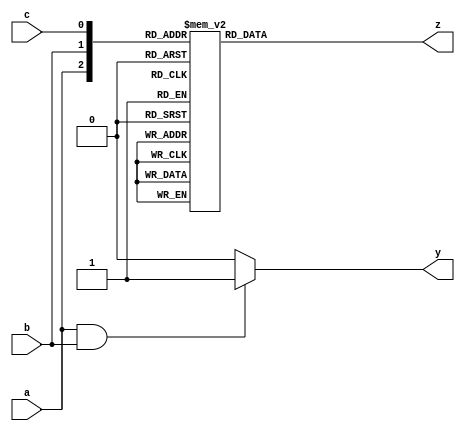
module combinational_logic (
    input wire a,      // First input
    input wire b,      // Second input
    input wire c,      // Third input (optional)
    output reg y,      // Output signal
    output reg z       // Another output signal
);

// Combinational logic block
always @(*) begin
    // Example logic: Calculate output y based on inputs a, b, and c
    if (a && b) begin
        y = 1;        // y is high if both a and b are high
    end else begin
        y = 0;        // y is low otherwise
    end

    // Example of a more complex logic for output z
    case ({a, b, c})
        3'b000: z = 0;
        3'b001: z = 1;
        3'b010: z = 2;
        3'b011: z = 3;
        3'b100: z = 4;
        3'b101: z = 5;
        3'b110: z = 6;
        3'b111: z = 7;
        default: z = 0; // Default case
    endcase
end

endmodule